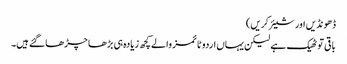
ڈھونڈیں اور شیئر کریں)
باقی تو ٹھیک ہے لیکن یہاں اردو ٹائمز والے کچھ زیادہ ہی بڑھا چڑھا گئے ہیں۔